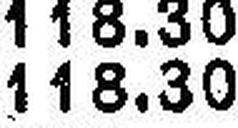
118.30